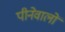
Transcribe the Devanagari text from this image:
पीनेवालों